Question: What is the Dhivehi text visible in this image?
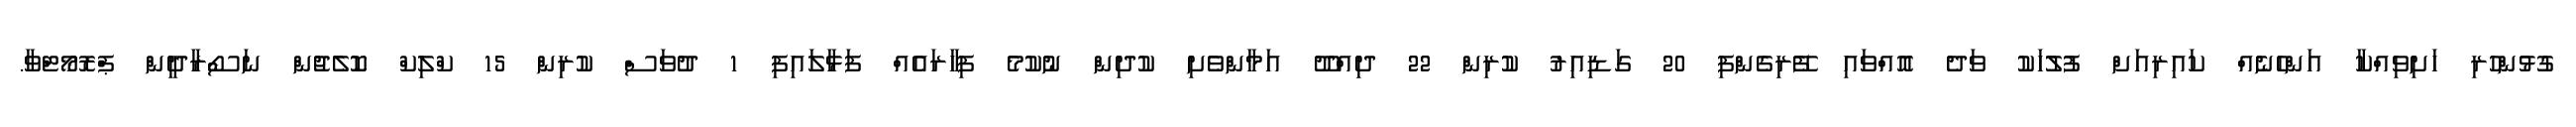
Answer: ގުޅުންހުރި ހަށިވިއްކާ އަންހެނެއް ކައިރިއަށް ފުލުހަކު ވަދެ އޮއްވައި ފޭރިގެންފި 20 ގަޑިއިރު ކުރިން 22 ދިއްދޫ އަމާންވެށި ކުދިން ނުކުމެ ފިހާރައެއް ފަޅާލައިފި 1 ދުވަސް ކުރިން 15 ކްލިކް ކޮލެޖުން ނަސޯރާދީން ޕްރޮމޯޓްވާ.